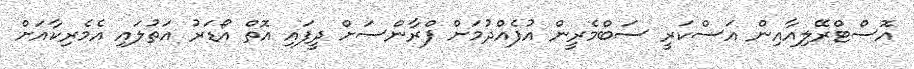
އޮސްޓްރޭލިއާއިން އަސްކަރީ ސަބްމެރީން އުފެއްދުމަށް ފްރާންސަށް ދީފައި އޮތް އޯޑަރު އަތުލައި އެމެރިކާއަށް